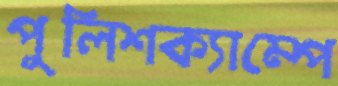
পুলিশক্যাম্পে